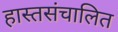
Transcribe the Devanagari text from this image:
हास्तसंचालित